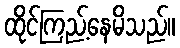
ထိုင်ကြည့်နေမိသည်။